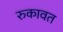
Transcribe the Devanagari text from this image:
रुकावत